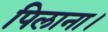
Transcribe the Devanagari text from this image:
पिलाना।